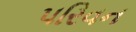
પરિવન